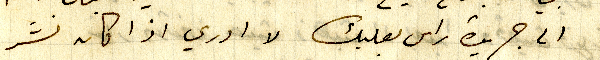
الى جريدة راس بعلبك لا ادري اذا كان نشر